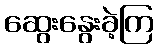
ဆွေးနွေးခဲ့ကြ